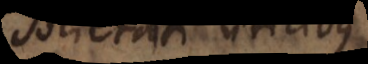
societati utilibus